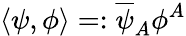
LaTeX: \langle\psi,\phi\rangle=:\overline{{{\psi}}}_{A}\phi^{A}